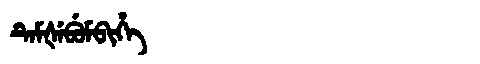
Manchu: ᡨᡝᠮᡧᡝᠪᡠᠮᠪᡳᡥᡝ
Romanization: TEMŠEBUMBIHE